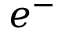
e ^ { - }